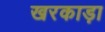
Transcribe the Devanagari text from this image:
खरकाड़ा